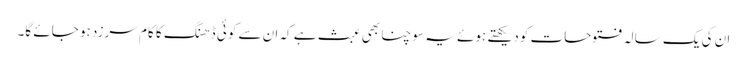
ان کی یک سالہ فتوحات کو دیکھتے ہوئے یہ سوچنا بھی عبث ہے کہ ان سے کوئی ڈھنگ کا کام سرزد ہو جائے گا۔